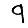
Digit: 9